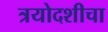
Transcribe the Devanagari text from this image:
त्रयोदशीचा